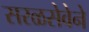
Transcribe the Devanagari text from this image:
सरळसेवेने